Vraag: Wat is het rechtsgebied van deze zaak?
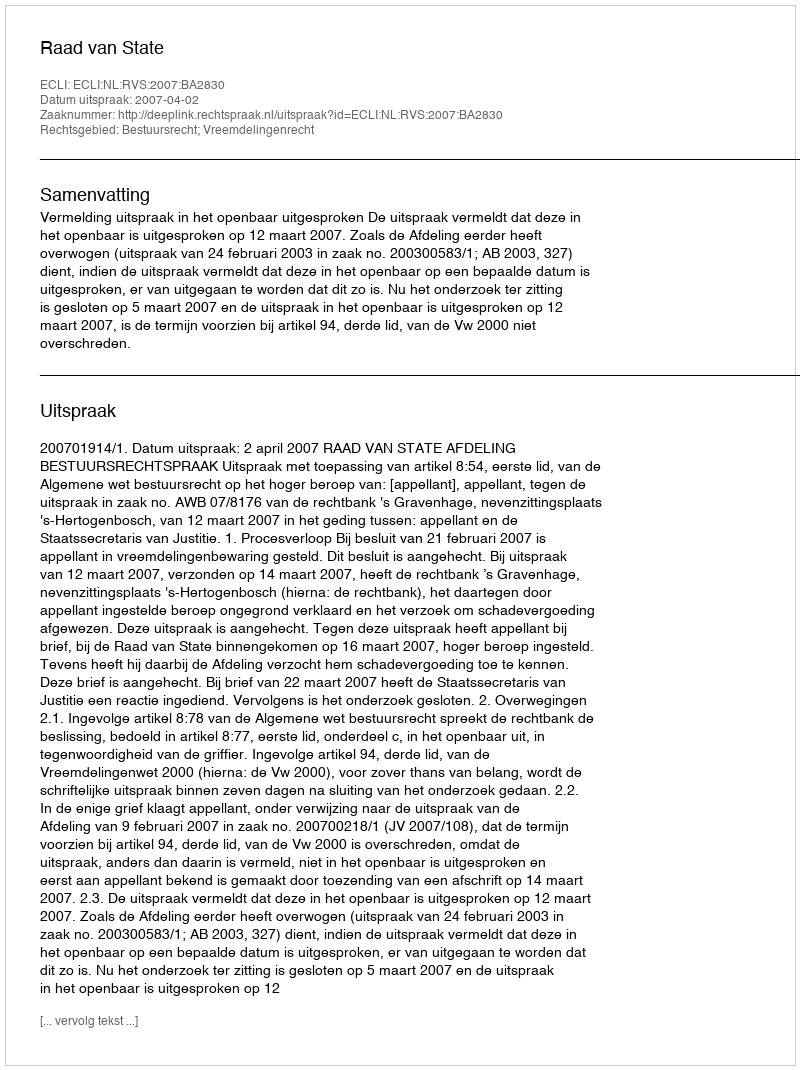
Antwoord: Bestuursrecht; Vreemdelingenrecht